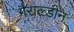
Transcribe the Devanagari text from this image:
गैराल्डीन